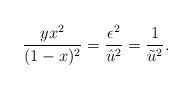
\begin{align*}\frac{y x^2}{(1-x)^2}=\frac{\epsilon^2}{\hat{u}^2}=\frac{1}{\tilde{u}^2}.\end{align*}